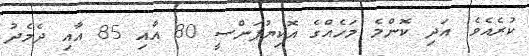
ކުރެއެވެ. އަދި ކޮންމެ މަހެއްގެ އޮކިޔުޕަންސީ 80 އާއި 85 އާއި ދެމެދު